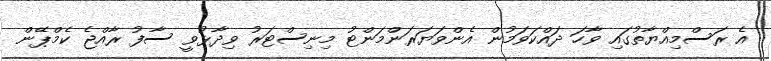
އެ ރަސްމިއްޔާތުގައި ވާހަ ދައްކަވަމުން އެންވަޔަރަންމަންޓު މިނިސްޓަރު ވިދާޅުވީ ސާފު ރާއްޖެ ކެމްޕޭން